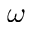
\omega